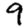
Digit: 9